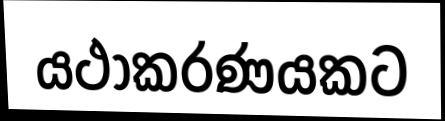
යථාකරණයකට